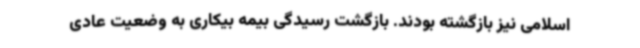
اسلامی نیز بازگشته بودند. بازگشت رسیدگی بیمه بیکاری به وضعیت عادی